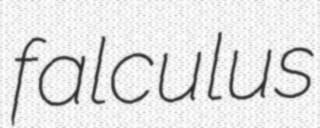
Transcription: falculus